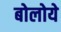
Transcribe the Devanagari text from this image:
बोलोये